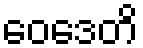
ဝေဒေတိ